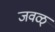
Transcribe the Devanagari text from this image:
जवळ्